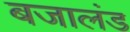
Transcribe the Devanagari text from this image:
बजालंड